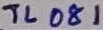
Text: TL081